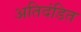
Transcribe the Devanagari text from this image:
अतिदंडित